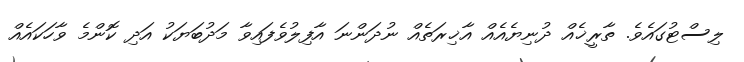
ލިސްޓުގައެވެ. ތާރީޚެއް ދުނިޔެއެއް އާޚިރަތެއް ނުދަންނަ އާފިލުވެފައިވާ މަދުބަޔަކު އަދި ކޮންމެ ވާހަކައެއް